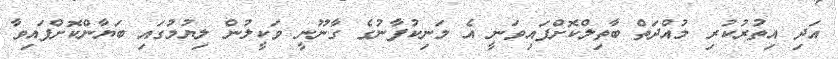
އަދި އިތުރުކުރި މުއްދަތް ބާތިލްކޮށްފައިވަނީ އެ މަނިކުފާނުގެ ގާނޫނީ ވަކީލުން ލިޔުމުގައި ބަޔާންކޮށްފައިވާ